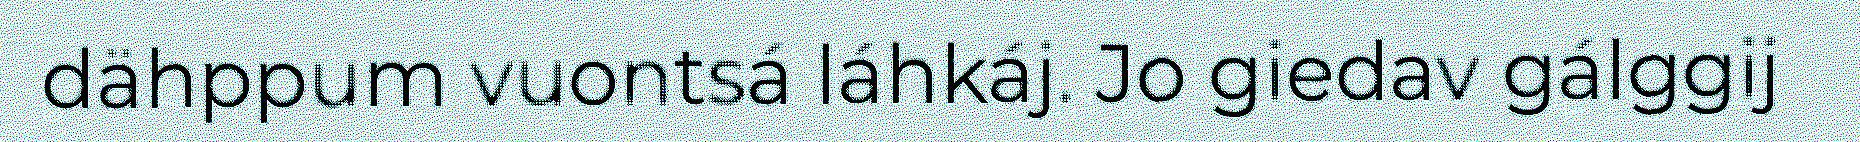
dähppum vuontsá láhkáj. Jo giedav gálggij